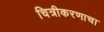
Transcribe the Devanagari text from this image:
चित्रीकरणाचा